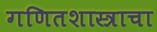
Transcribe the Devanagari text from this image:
गणितशास्त्राचा